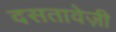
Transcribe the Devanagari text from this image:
दसतावेज़ी